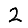
Digit: 2